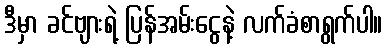
ဒီမှာ ခင်ဗျားရဲ့ ပြန်အမ်းငွေနဲ့ လက်ခံစာရွက်ပါ။